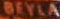
BEYLA